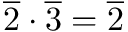
{ \overline { { 2 } } } \cdot { \overline { { 3 } } } = { \overline { { 2 } } }